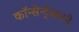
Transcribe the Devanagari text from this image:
कॉन्सेन्ट्रेशनने